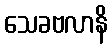
သေခဗလာနိ